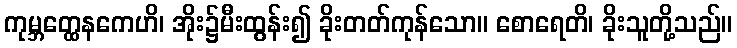
ကုမ္ဘတ္ထေနကေဟိ၊ အိုး၌မီးထွန်း၍ ခိုးတတ်ကုန်သော။ စောရေတိ၊ ခိုးသူတို့သည်။